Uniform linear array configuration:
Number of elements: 24
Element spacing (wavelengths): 0.25
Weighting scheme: uniform
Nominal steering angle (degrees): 45
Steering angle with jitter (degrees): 44.028
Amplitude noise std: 0.05
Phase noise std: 0.05

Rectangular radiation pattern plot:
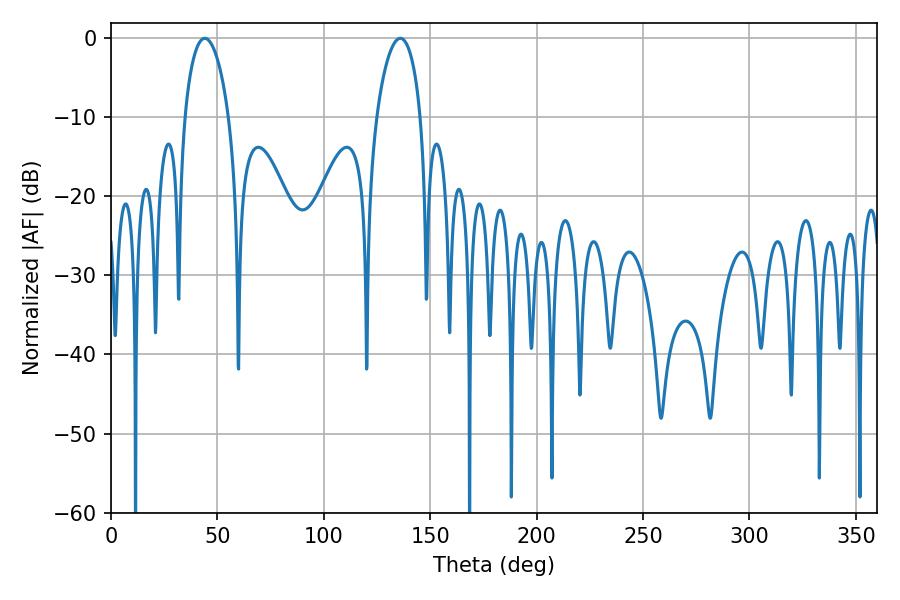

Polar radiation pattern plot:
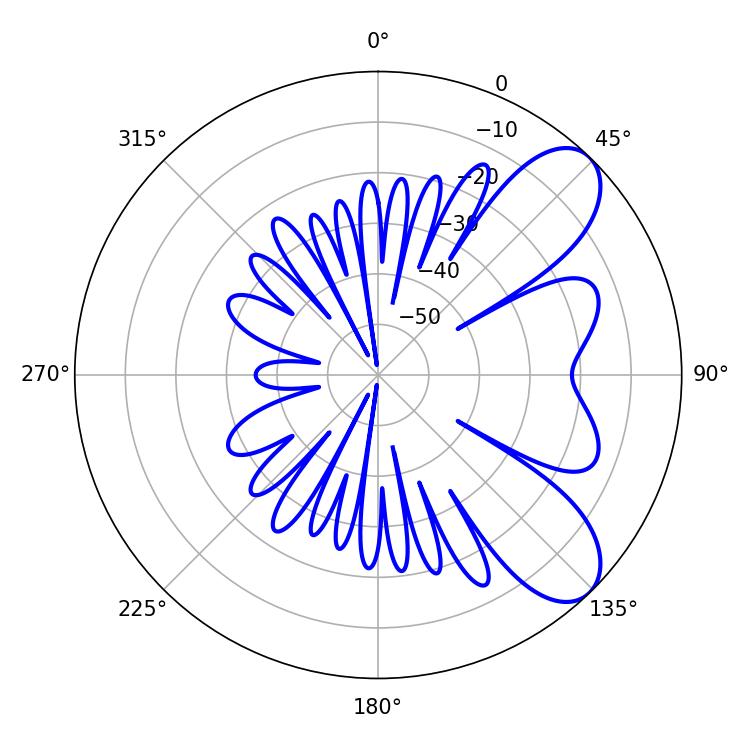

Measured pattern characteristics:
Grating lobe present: FALSE
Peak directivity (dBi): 7.902
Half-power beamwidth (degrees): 11.7
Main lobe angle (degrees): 135.9